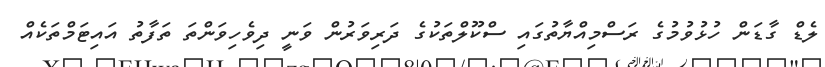
ލެޑް ގާޑަން ހުޅުވުމުގެ ރަސްމިއްޔާތުގައި ސްކޫލްތަކުގެ ދަރިވަރުން ވަނީ ދިވެހިވަންތަ ތަފާތު އައިޓަމްތަކެއް